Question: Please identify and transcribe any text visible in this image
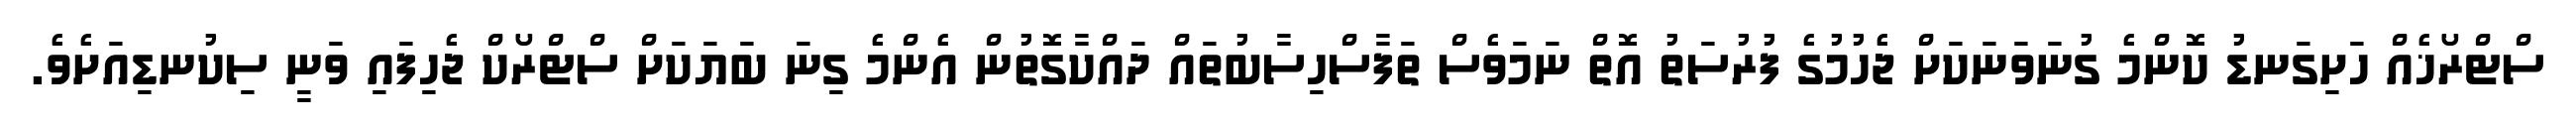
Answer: ސްޓްރޯޚެއް ހަށިގަނޑު ކޮންމެ ގުނަވަނަކަށް ޖެހުމުގެ ފުރުސަތު އޮތް ނަމަވެސް ތަފާސްހިސާބުތައް ދައްކާގޮތުން އެންމެ ގިނަ ބަޔަކަށް ސްޓްރޯކް ޖެހިފައި ވަނީ ސިކުނޑިއަށެވެ.